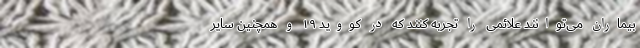
بیماران می‌توانند علائمی را تجربه کنند که در کووید ۱۹ و همچنین سایر